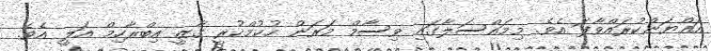
އައްޔަންކުރައްވާފަ އެވެ. މިމައްސަލާގައި ވިސާމް މަރަން ހުކުމްކުރީ ގާޒީ އިބްރާހިމް އަލީ އެވެ.